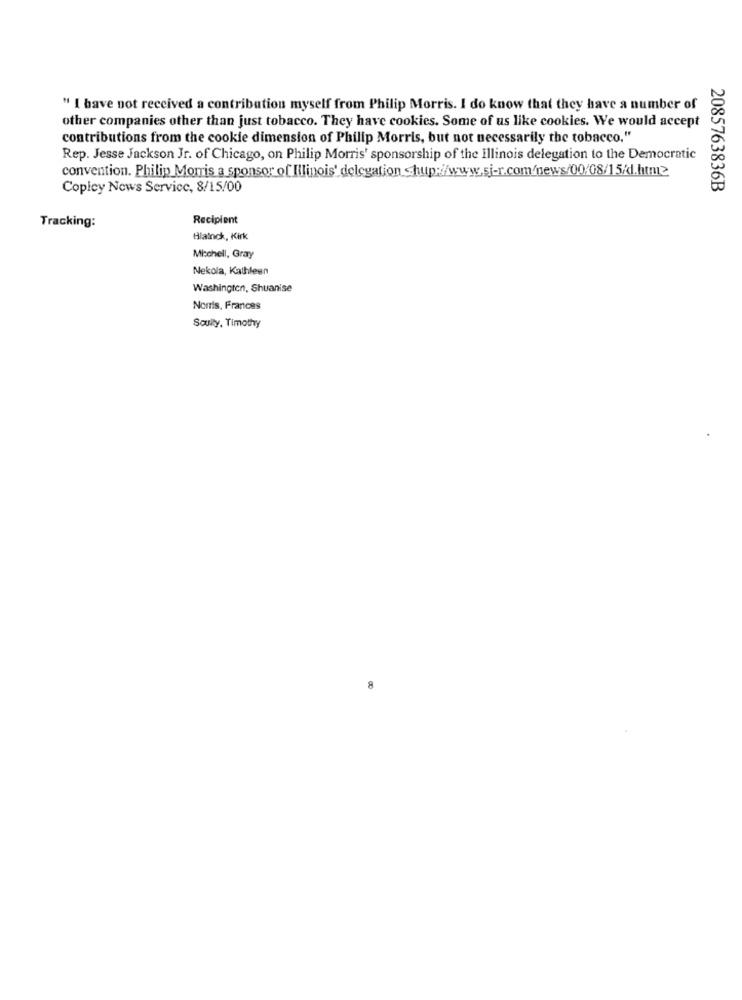
" I have not received a contribution myself from Philip Morris. I do know that they have a number of
other companies other than just tobacco. They have cookies. Some of us like cookies. We would accept
contributions from the cookie dimension of Philip Morris, but not necessarily the tobacco."
Rep. Jesse Jackson Jr. of Chicago, on Philip Morris' sponsorship of the Illinois delegation to the Democratic
convention. Philip Morris a sponsor of Illinois' delegation shup://www.si-r.com/news/00/08/15/d.htm>
Copicy Nows Service, 8/15/00
2085763836B
Recipient
Tracking:
Blainck, Kirk
Mitchell, Gray
Nekola, Kathleen
Washington, Shuanise
Norris, Frances
Soulty, Timothy
8